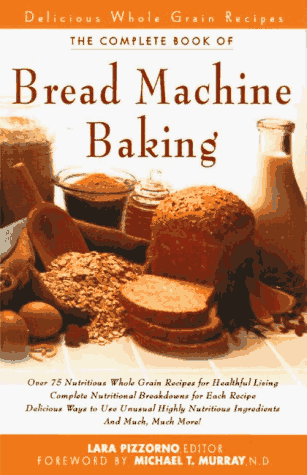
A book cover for The New Complete Book of Bread Machine Baking; Lara Pizzorno; Cookbooks, Food & Wine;